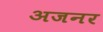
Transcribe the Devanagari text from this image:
अजनर